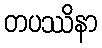
တပဿိနာ